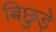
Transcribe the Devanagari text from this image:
बिछुड़े